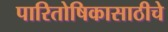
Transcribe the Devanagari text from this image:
पारितोषिकासाठीचे